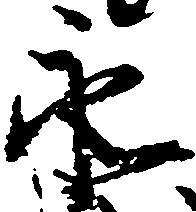
永